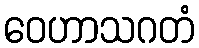
ဝေဟာသဂတံ